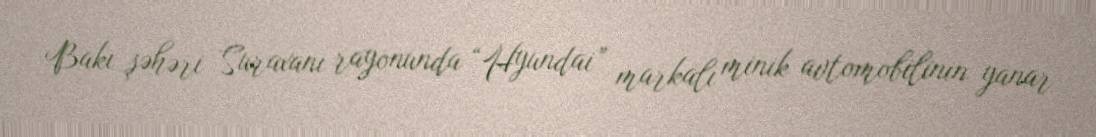
Bakı şəhəri Suraxanı rayonunda “Hyundai” markalı minik avtomobilinin yanar